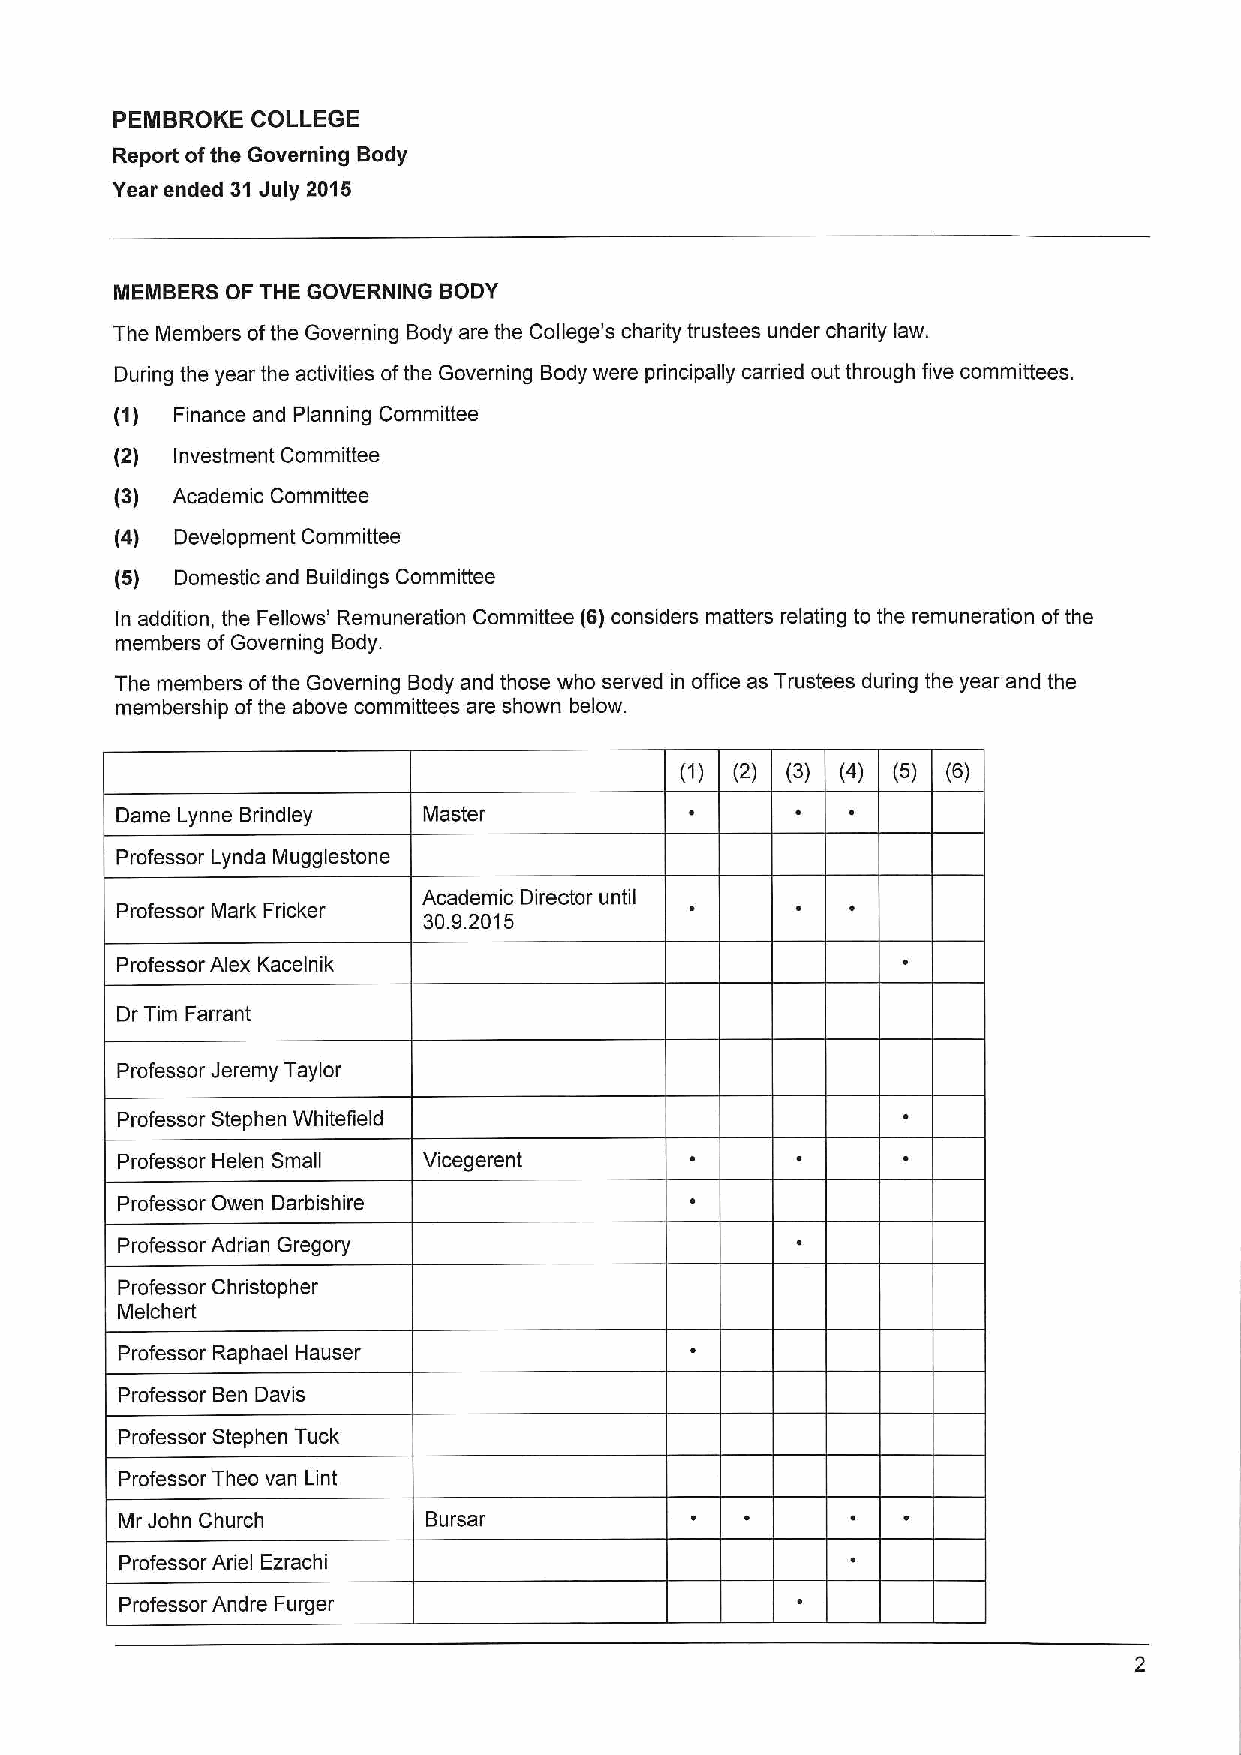
PEMBROKE  COLLEGE
 Report ofthe Governing Body
 Year ended 31July 2015
 MEMBERS OF THE GOVERNING BODY
 The Members ofthe Governing Body are the College's charity trustees under charity law.
 During the year the activities ofthe Governing Body were principally carried out through five committees.
 (1) Finance and Planning Committee
 (2) Investment Committee
 (3) Academic Committee
 (4) Development Committee
 (5) Domestic and Buildings Committee
 In addition, the Fellows' Remuneration Committee (6)considers matters relating to the remuneration ofthe
 members ofGoverning Body.
 The members ofthe Governing Body and those who served in office as Trustees during the year and the
 membership ofthe above committees are shown below.
 (2) (3) (4) (5) (6)
 Dame Lynne Brindley Master
 Professor Lynda Mugglestone
 Academic Director until
 Professor Mark Fricker 30.9.2015
 Professor Alex Kacelnik
 Dr Tim Farrant
 Professor Jeremy Taylor
 Professor Stephen Whitefield
 Professor Helen Small Vicegerent
 Professor Owen Darbishire
 Professor Adrian Gregory
 Professor Christopher
 Melchert
 Professor Raphael Hauser
 Professor Ben Davis
 Professor Stephen Tuck
 Professor Theo van Lint
 Mr John Church      Bursar
 Professor Ariel Ezrachi
 Professor Andre Furger